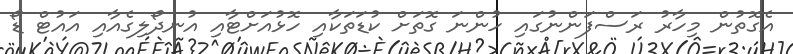
އެގޮތުން މިހާރު ރަސްފަންނުގައި ހުންނަ ގޮތަށް ކުޑަތަކާއި ހޮޅުއަށްޓާއި އުނދޯލިގެއާއި އައުޓް ޑޯ